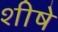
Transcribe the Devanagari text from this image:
शीषे